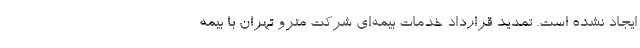
ایجاد نشده است. تمدید قرارداد خدمات بیمه‌ای شرکت مترو تهران با بیمه